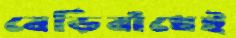
বেড়িবাঁধেই